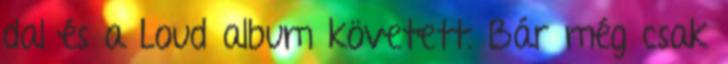
dal és a Loud album követett. Bár még csak